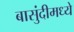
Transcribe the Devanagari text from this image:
बासुंदीमध्ये